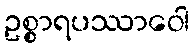
ဥစ္စာရပဿာဝေါ